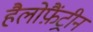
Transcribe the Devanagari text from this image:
हैलोफ़ैंट्रीन